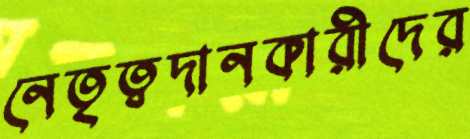
নেতৃত্বদানকারীদের